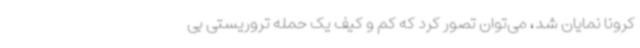
کرونا نمایان شد، می‌توان تصور کرد که کم و کیف یک حمله تروریستی بی